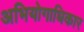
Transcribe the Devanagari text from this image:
अभियोगाधिकार